Supplement to the account of plague administration in the Bombay Presidency from September 1896 till May 1897
Year: 1896
Disease focus: Plague
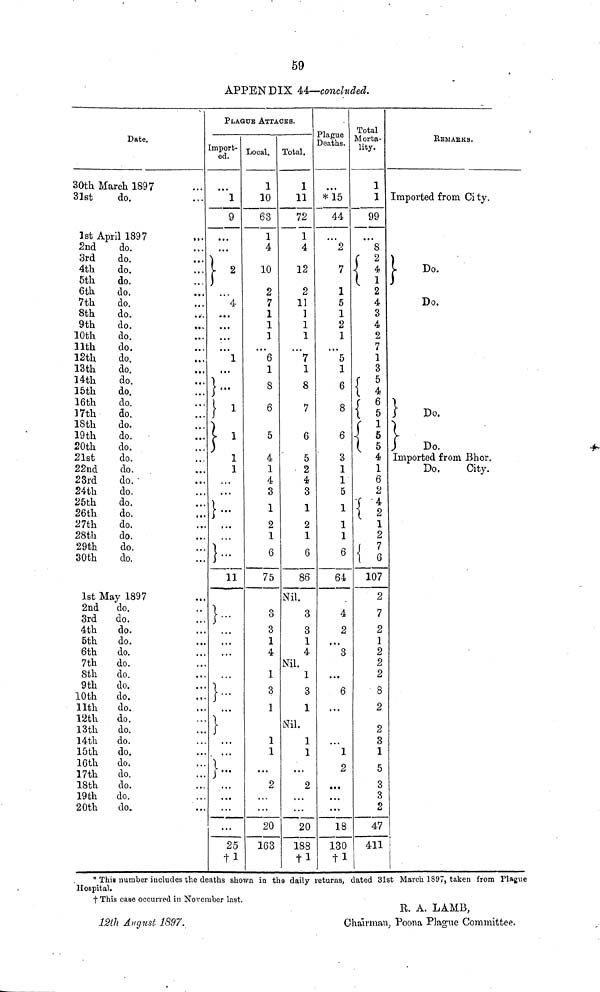
59
APPENDIX 44—concluded.
30th
31st
1st.
2nd
3rd
4th
5th
6th
7th
8th
9th
10th
11th
12th
13th
14th
15th
16th
17th
18th
19th
20th
21st
22nd
23rd
24th
25th
26th
27th
28th
29th
30th
1st
2nd
3rd
4th
5th
6th
7th
8th
9th
10th
11th
12th
13th
14th
15th
16th
17th
18th
19th
20th
Date.
March 1897
do.
April 1897
do.
do.
do.
do.
do.
do.
do.
do.
do.
do.
do.
do.
do.
do.
do.
do.
do.
do.
do.
do.
do.
do.
do.
do.
do.
do.
do.
do.
do.
May 1897
do.
do.
do.
do.
do.
do.
do.
do.
do.
do.
do.
do.
do.
do.
do.
do.
do.
do.
do.
...
...
...
...
...
...
...
...
...
...
...
• • •
...
...
...
...
...
...
...
...
...
...
...
...
...
...
...
...
...
...
...
...
...
...
...
...
...
...
...
...
...
...
...
PLAGUE ATTACKS.
import-
ed.
1
9
...
...
2
4
...
...
...
...
1
...
...
1
1
1
1
...
• • •
...
...
...
...
...
...
...
...
...
...
...
...
...
...
...
...
...
...
...
...
...
...
...
25
†1
Local.
1
10
63
1
4
10
2
7
1
1
1
...
6
1
8
6
5
4
1
4
3
1
2
1
6
75
3
3
1
4
1
3
1
1
1
...
...
2
...
...
...
20
163
Total.
1
11
72
1
4
12
2
11
1
1
1
...
7
1
8
7
6
5
2
4
3
1
2
1
6
86
Nil.
3
3
1
4
Nil.
1
3
1
Nil.
1
1
...
2
...
...
20
188
† 1
* This number includes the deaths shown in the daily
Hosnital.
t This case occurred in November last.
12th August 1897.
Plague
Deaths.
...
*15
44
...
2
7
1
5
1
2
1
...
5
1
6
8
6
3
1
1
5
1
1
1
6
64
4
2
...
3
...
6
...
...
1
2
...
...
...
18
130
† 1
Total
Morta-
lity.
1
1
99
...
8
2
4
3
4
2
7
1
3
5
{ S
4
1
6
2
4 2
1
2
7
107
2
7
2
1
2
2
2
8
2
2
3
1
5
3
3
2
47
411
RBMARKS.
Imported from City
Do.
Do.
Do.
Do.
Imported from Bhor.
Do.
City.
returns, dated 31st March 1897, taken from Plague
R. A. LAMB,
Chairman, Poona Plague Committee.